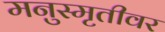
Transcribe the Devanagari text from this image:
मनुस्मृतीवर